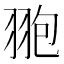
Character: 䎂